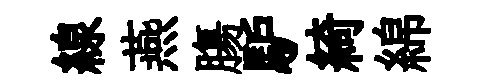
線燕膓馿綺綿